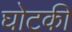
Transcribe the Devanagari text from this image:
घोटकी